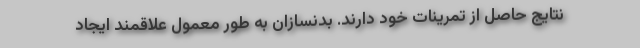
نتایج حاصل از تمرینات خود دارند. بدنسازان به طور معمول علاقمند ایجاد